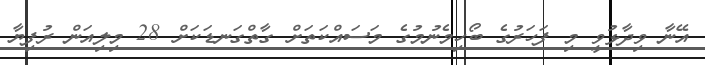
އޭނާ ވިދާޅުވީ މި ފަހަރުގެ ބޯހިމެނުމުގެ މަސައްކަތަށް ގާތްގަނޑަކަށް 28 މިލިއަން ރުފިޔާ